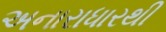
અનારાધારથી